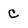
Character: C